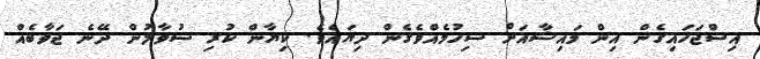
އިސްޖަހައިގެން އިން މައިޝާއަށް ސިހުމެއްވެގެން ދިޔައެވެ. ކިޔާން ކުރި ސުވާލުން ދޭނެ ޖަވާބެއް